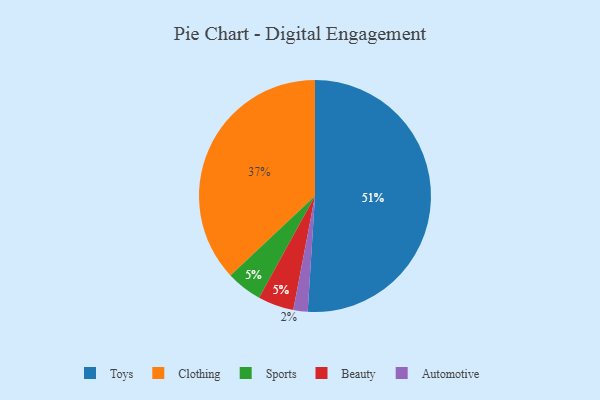
{"axis": {"x": "Category", "y": "Percentage"}, "legend": ["Automotive", "Beauty", "Clothing", "Sports", "Toys"], "data": [{"x": "Toys", "y": 51, "type": "Toys"}, {"x": "Sports", "y": 5, "type": "Sports"}, {"x": "Beauty", "y": 5, "type": "Beauty"}, {"x": "Clothing", "y": 37, "type": "Clothing"}, {"x": "Automotive", "y": 2, "type": "Automotive"}]}